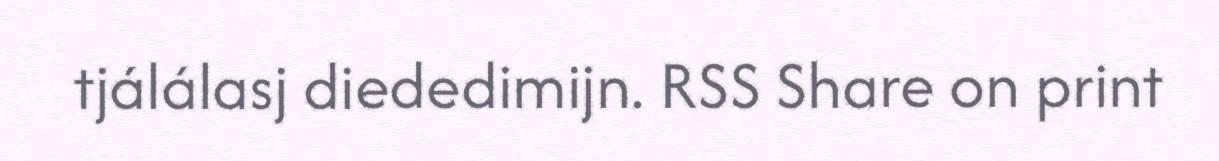
tjálálasj diededimijn. RSS Share on print